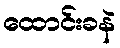
ထောင်းခနဲ